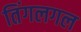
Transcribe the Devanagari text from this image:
तिंगलगल